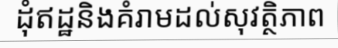
ដុំឥដ្ឋនិងគំរាមដល់សុវត្ថិភាព